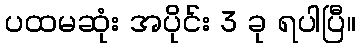
ပထမဆုံး အပိုင်း 3 ခု ရပါပြီ။